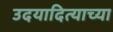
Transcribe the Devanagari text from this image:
उदयादित्याच्या